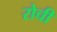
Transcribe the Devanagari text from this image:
रोची